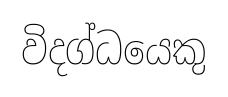
විදග්ධයෙකු